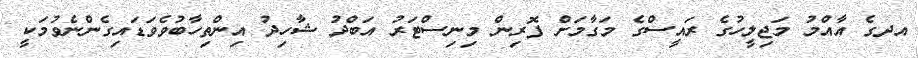
އދގެ އާއްމު މަޖިލީހުގެ ރައީސްގެ މަގާމަށް ފޮރިން މިނިސްޓަރު އަބްދު ޝާހިދު އިންތިހާބުވެވަޑައިގެންނެވުމަކީ